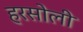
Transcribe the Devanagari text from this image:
हरसोली